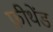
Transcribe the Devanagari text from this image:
फ्रीथेंड